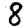
Digit: 8